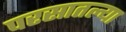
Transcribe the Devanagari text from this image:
परसातल्या